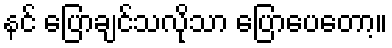
နင် ပြောချင်သလိုသာ ပြောပေတော့။